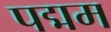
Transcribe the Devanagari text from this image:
पद्मम